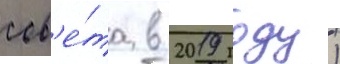
сов'е́та в 2019 году)